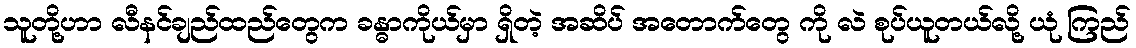
သူတို့ဟာ လီနင်ချည်ထည်တွေက ခန္ဓာကိုယ်မှာ ရှိတဲ့ အဆိပ် အတောက်တွေ ကို လဲ စုပ်ယူတယ်လို့ ယုံ ကြည်